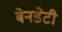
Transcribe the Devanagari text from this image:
बेनडेटी